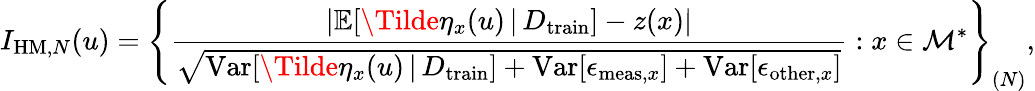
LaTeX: I_{\mathrm{HM},N}(u)=\left\{ \frac{\lvert\mathbb{E}[\Tilde{\eta}_{x}(u)\, \vert\, D_{\mathrm{train}}]-z(x)\rvert}{\sqrt{\mathrm{Var}[\Tilde{\eta}_{x}(u)\, \vert\, D_{\mathrm{train}}]+\mathrm{Var}[\epsilon_{\mathrm{meas},x}]+\mathrm{Var}[\epsilon_{\mathrm{other},x}]}}:x\in\mathcal{M}^{*}\right\} _{(N)},